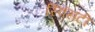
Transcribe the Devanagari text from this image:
स्विंसटी